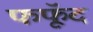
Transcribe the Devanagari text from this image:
फफूॅद